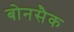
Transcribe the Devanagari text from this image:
बोनसैक